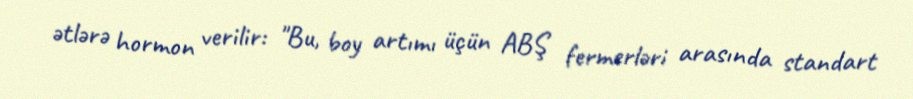
ətlərə hormon verilir: "Bu, boy artımı üçün ABŞ fermerləri arasında standart